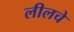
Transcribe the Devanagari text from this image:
लीलचे